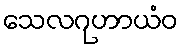
သေလဂုဟာယံဝ